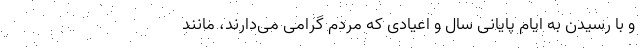
و با رسیدن به ایام پایانی سال و اعیادی که مردم گرامی می‌دارند، مانند